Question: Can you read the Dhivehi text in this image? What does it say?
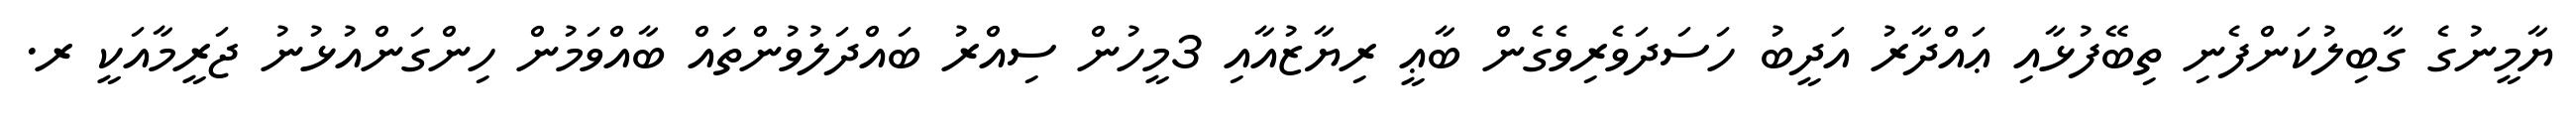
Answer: ޔާމީނުގެ ގާބިލުކަންފެނި ތިބޭފުޅާއި ޢައްދާރު އަދީބު ހަސަދަވެރިވެގެން ބާޢީ ރިޔާޒުއާއި 3މީހުން ސިއްރު ބައްދަލުވުންތައް ބާއްވަމުން ހިންގަންއުޅުނު ޖަރީމާއަކީ ރ.